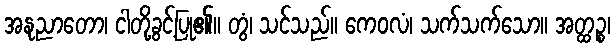
အနုညာတော၊ ငါတို့ခွင့်ပြု၏။ တွံ၊ သင်သည်။ ကေဝလံ၊ သက်သက်သော။ အတ္ထဉ္စ၊